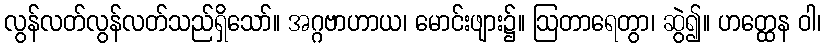
လွန်လတ်လွန်လတ်သည်ရှိသော်။ အဂ္ဂဗာဟာယ၊ မောင်းဖျား၌။ ဩတာရေတွာ၊ ဆွဲ၍။ ဟတ္ထေန ဝါ၊